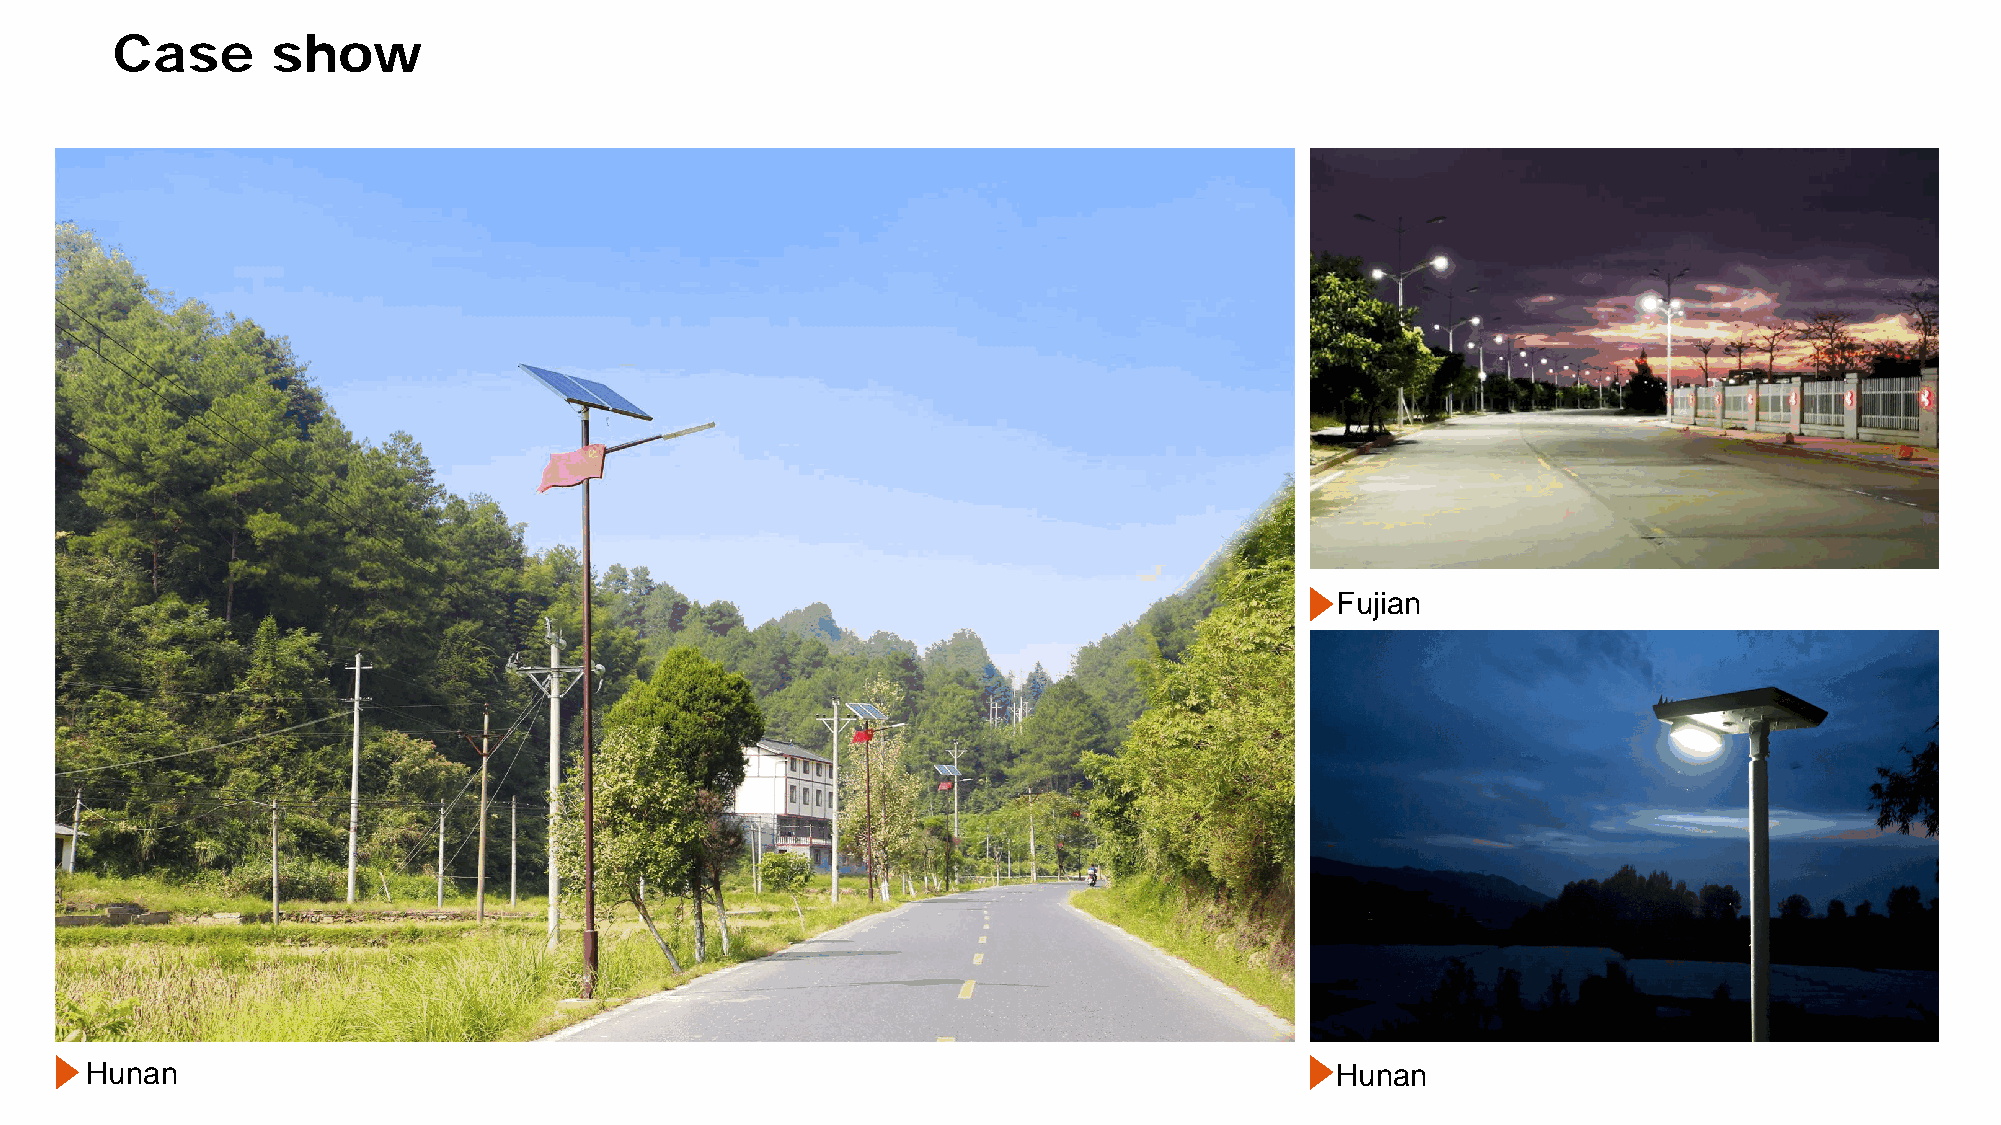
Case       show
 Fujian
 Hunan                                                                             Hunan